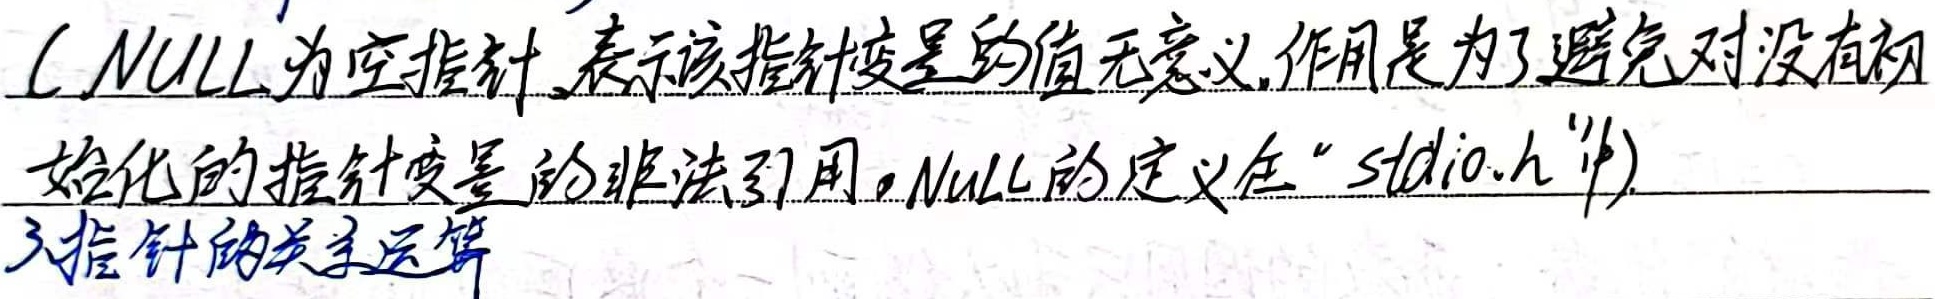
C中`NULL`为空指针，表示该指针变量的值无意义，作用是为了避免对没有初始化的指针变量的非法引用。`NULL`的定义在“`stdio.h`”中。

3. 指针的关系运算